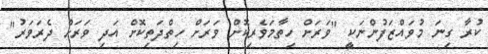
ކުރާ ގިނަ މުވައްޒަފުންނަކީ "ވަރަށް ހިތާމަވެރިކޮށް ވަރަށް ހިތްދަތިކޮށް އަދި ވަރަށް ދެރަވަރު"